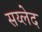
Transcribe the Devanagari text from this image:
सय्लेद